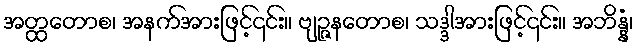
အတ္ထတောစ၊ အနက်အားဖြင့်၎င်း။ ဗျဉ္ဇနတောစ၊ သဒ္ဒါအားဖြင့်၎င်း။ အဘိန္နံ၊